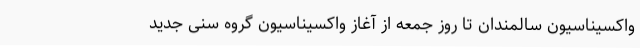
واکسیناسیون سالمندان تا روز جمعه از آغاز واکسیناسیون گروه سنی جدید